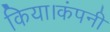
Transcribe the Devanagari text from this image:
किया।कंपनी